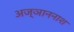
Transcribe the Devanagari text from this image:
अज्ञाननाश